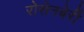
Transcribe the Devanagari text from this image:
रोसेनबेर्री